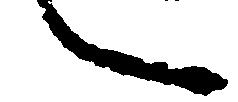
し